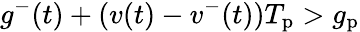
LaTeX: g^{-}(t)+(v(t)-v^{-}(t))T_{\mathrm{p}}>g_{\mathrm{p}}